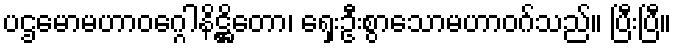
ပဌမောမဟာဝဂ္ဂေါနိဋ္ဌိတော၊ ရှေးဦးစွာသောမဟာဝဂ်သည်။ ပြီးပြီ။